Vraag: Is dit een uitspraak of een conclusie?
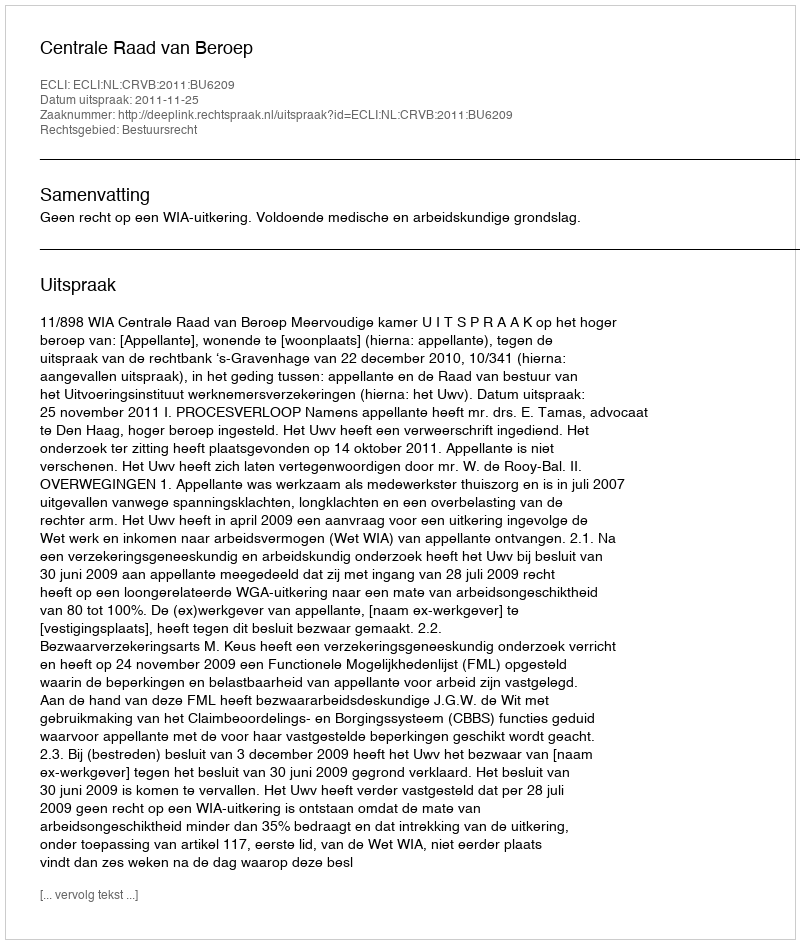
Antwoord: Uitspraak